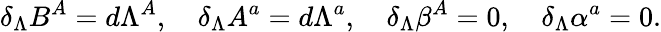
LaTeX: \delta_{\Lambda}B^{A}=d\Lambda^{A},\quad\delta_{\Lambda}A^{a}=d\Lambda^{a},\quad\delta_{\Lambda}\beta^{A}=0,\quad\delta_{\Lambda}\alpha^{a}=0.